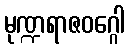
မုဏ္ဍရာဇဝဂ္ဂေါ